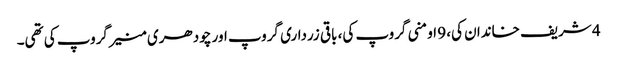
4 شریف خاندان کی، 9 اومنی گروپ کی، باقی زرداری گروپ اور چودھری منیر گروپ کی تھی۔